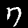
Label: 7